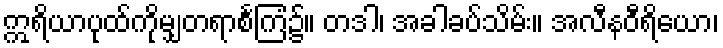
ဣရိယာပုထ်ကိုမျှတရာစင်္ကြံ၌။ တဒါ၊ အခါခပ်သိမ်း။ အလီနဝီရိယော၊